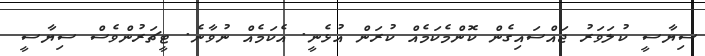
ސިޔާސީ ކުލަވަރު ޖައްސައިގެން ކޮންމެކަމެއް ކުރަން އުޅެނީ. އެކަމެއް ނުވާނެ. ޓީޗަރުންވެސް ސިޔާސީ